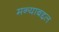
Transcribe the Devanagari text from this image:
मन्याबद्दल